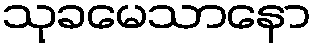
သုခမေသာနော